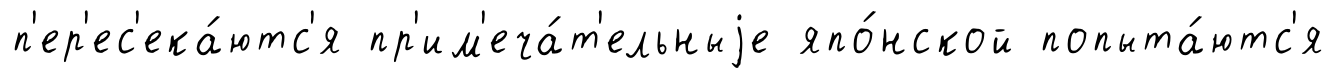
п'ер'ес'ека́ютс'я пр'им'еча́т'ельныjе япо́нской попыта́ютс'я